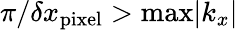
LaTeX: {\pi}/{\delta x_{\mathrm{pixel}}}>\mathrm{max}|k_{x}|